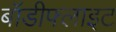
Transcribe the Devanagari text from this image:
बॉडीफ्लाइट